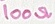
Text: 100Ω